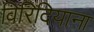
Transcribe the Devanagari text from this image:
विरिदियाना